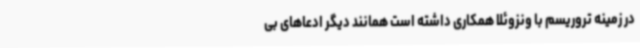
در زمینه تروریسم با ونزوئلا همکاری داشته است همانند دیگر ادعاهای بی